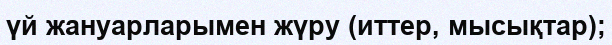
үй жануарларымен жүру (иттер, мысықтар);